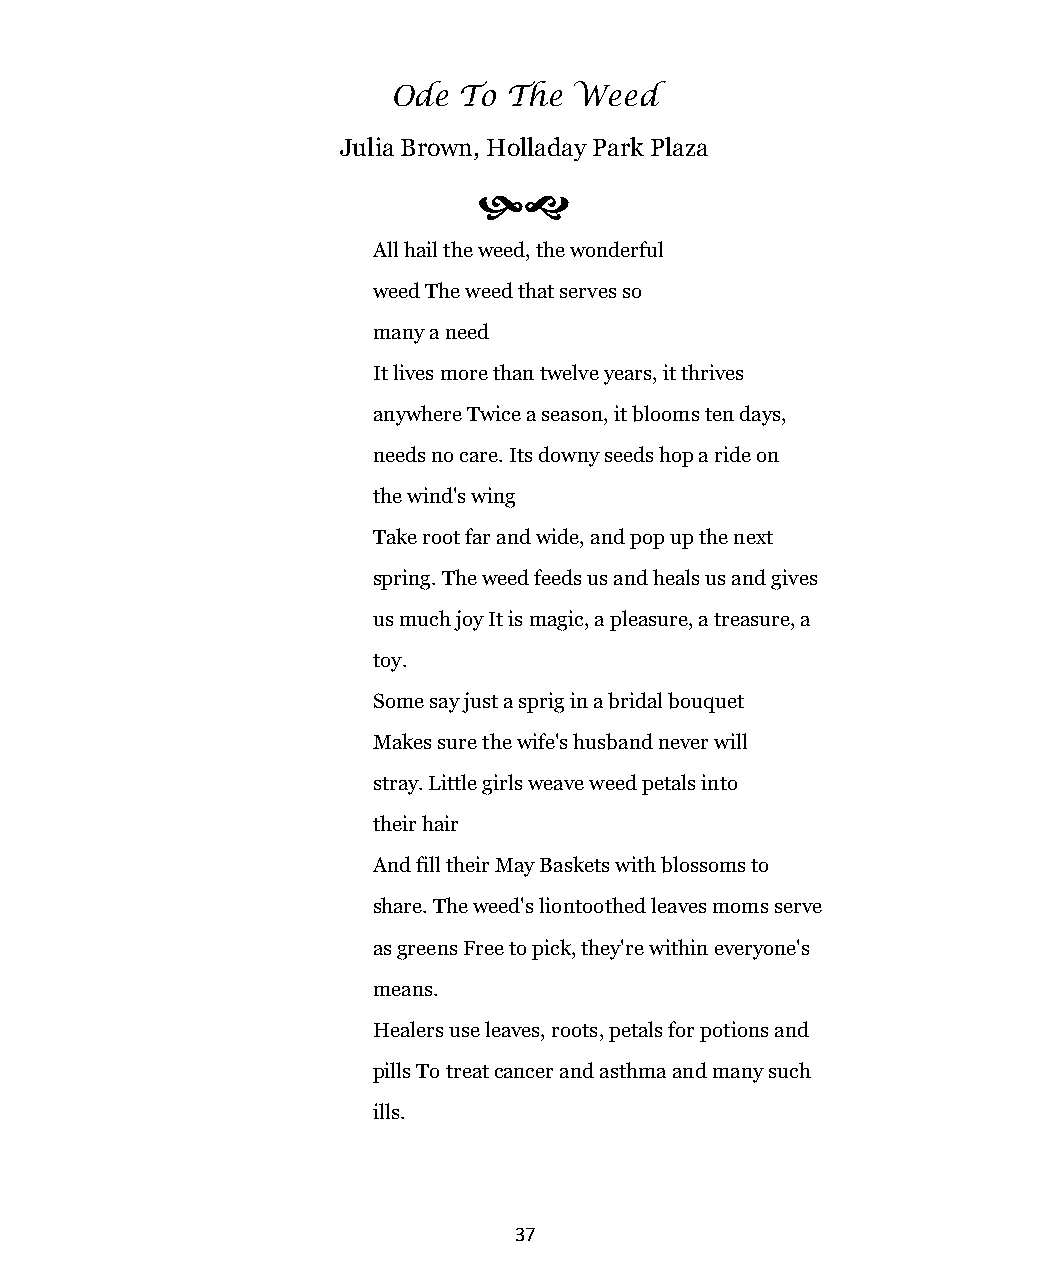
Ode To  The Weed
 Julia Brown, Holladay Park Plaza
 
 All hail the weed, the wonderful
 weed The weed that serves so
 many a need
 It lives more than twelve years, it thrives
 anywhere Twice a season, it blooms ten days,
 needs no care. Its downy seeds hop a ride on
 the wind's wing
 Take root far and wide, and pop up the next
 spring. The weed feeds us and heals us and gives
 us much joy It is magic, a pleasure, a treasure, a
 toy.
 Some say just a sprig in a bridal bouquet
 Makes sure the wife's husband never will
 stray. Little girls weave weed petals into
 their hair
 And fill their May Baskets with blossoms to
 share. The weed's liontoothed leaves moms serve
 as greens Free to pick, they're within everyone's
 means.
 Healers use leaves, roots, petals for potions and
 pills To treat cancer and asthma and many such
 ills.
 37